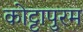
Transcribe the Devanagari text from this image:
कोट्टापुरम